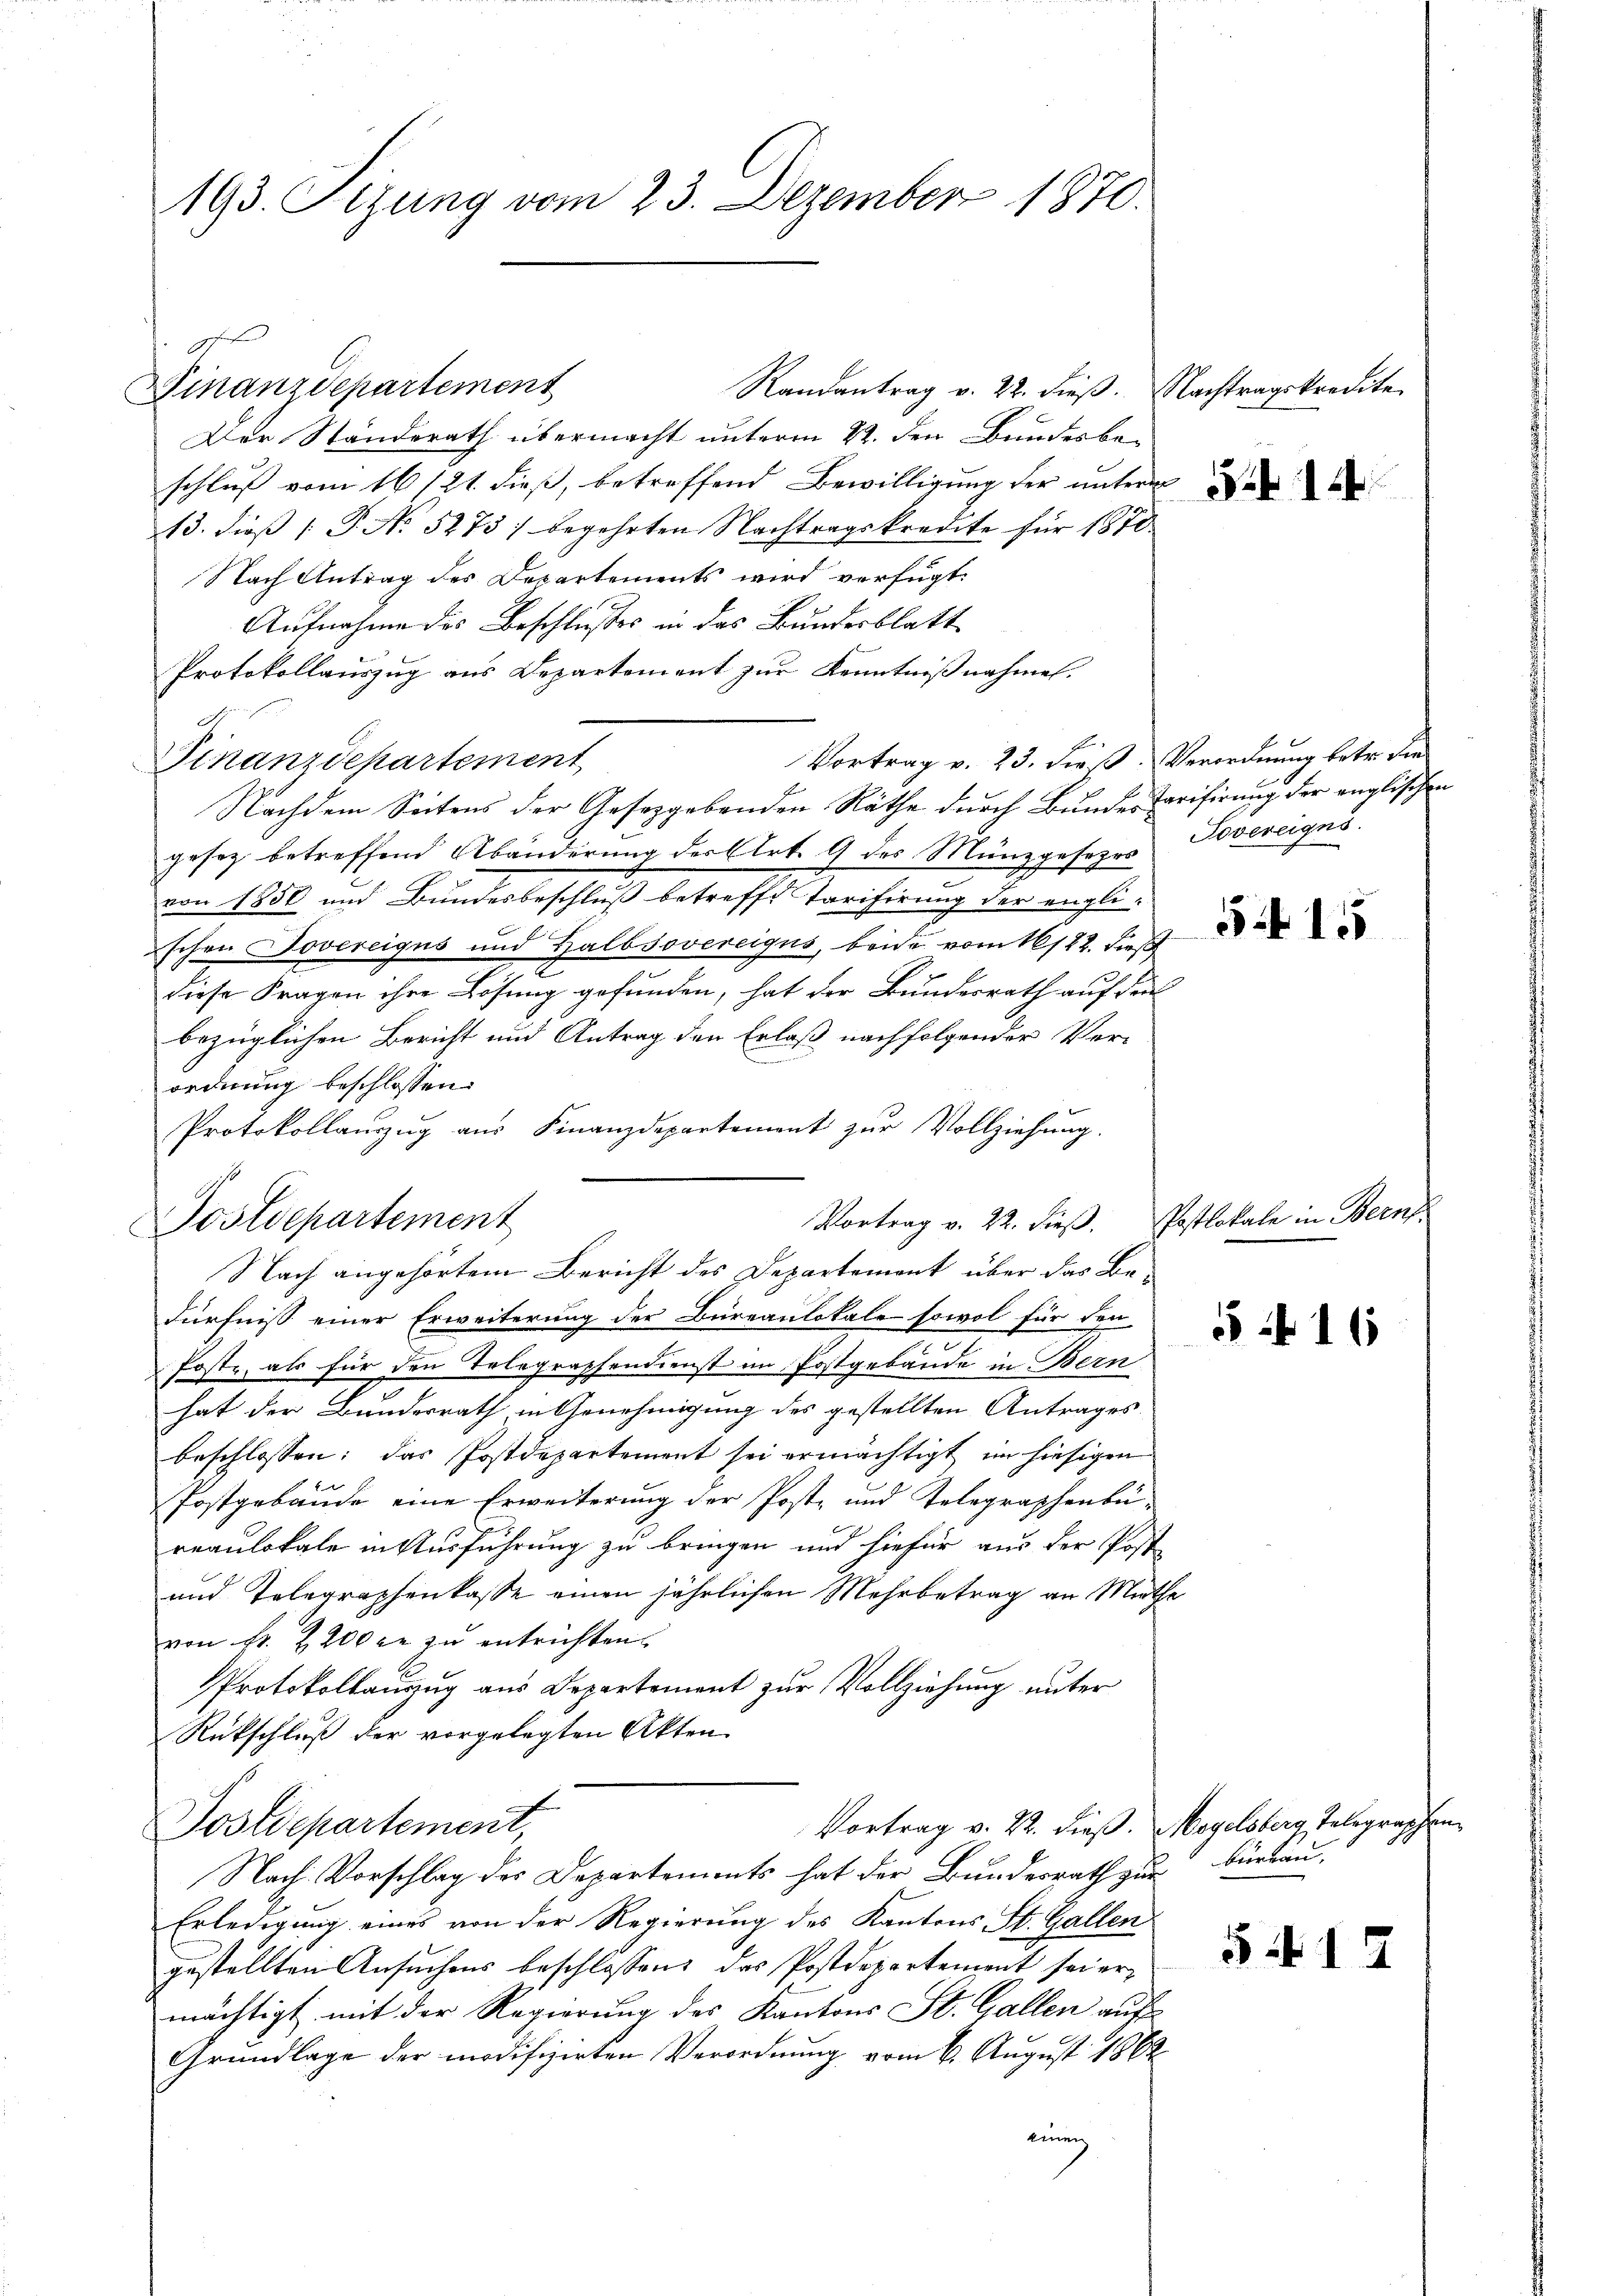
193. Sizung vom 23. Dezember 1870.

f
Finanzdepartement

Der Standerath übermacht unterm 22. den Bundesbe-
schluß vom 16/21. dieß, betreffend Bewilligung der unter
13. dieß P. No 5273/ begehrten Nachtragskredite für 1870
Nach Antrag des Departements wird verfügt:
Aufnahme des Beschlußes in das Bundesblatt
Protokollauszug aus Departement zur Kenntnißnahmen.
Vortrag v. 23. die S. Verordnung betr. die
Finanzdepartement
gesez betreffend Abänderung der Art. 9 des Münzgesezes
von 1856 und Bundesbeschluß betreffe Tarifirung der englischen Jovereigus und Halbsovereigus, beide vom 16/22. dieß
e
diese Fragen ihre Lösung gefunden, hat der Bundesrath auf den
bezüglichen Bericht und Antrag den Erlaß nachfolgender Verordnung beschlossen
Protokollauszug aus Finanzdepartement zur Vollziehung.
Vortrag v. 22. dieβ. Postlokale in Bern.
Fürfniß einer Erweiterung der Büreaulokale sowol für den
Poste, als für den Telegraphendienst im Postgebäude in Bern
hat der Bundesrath in Genehmigung des gestellten Antrages
beschlossen: das Postdepartement sei ermächtigt im hiesigen
Postgebäude eine Erweiterung der Post- und Telegraphenbü-
reaulokale in Ausführung zu bringen und hiefür aus der Poste
und Telegraphenkasse einen jährlichen Mehrbetrag an Miethe
von Fr. 2200 fl zu entrichten.
Protokollanzug aus Departement zur Vollziehung unter
Rückschluß der vorgelegten Akten
Vortrag v. 22. dieß. Mogelsberg, Telegraphen
Dostdepartement,
Nach Vorschlag des Departements hat der Bundesrath zur Bürbau-
Erledigung eines von der Regierung des Kantons St. Gallen
gestellten Ansuchens beschlossen: das Postdepartement sei ermächtigt mit der Regierung des Kantons St. Gallen auf
Grundlage der modifizirten Verordnung vom 6. August 1862
einen

Nachdem Seitens der Gesetzgebenden Räthe durch Bundes Tarifirung der anglischen

Postdepartement
Nach angehörtem Bericht des Departement über das Be¬

Randantrag v. 22. dieß. Nachtragskredite

Sovereigns.

15

16

§ 1